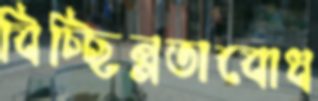
বিচ্ছিন্নতাবোধ